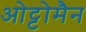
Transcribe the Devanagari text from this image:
ओट्टोमैन